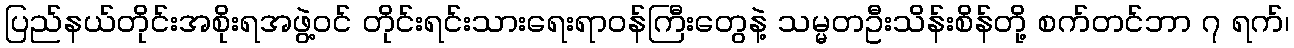
ပြည်နယ်တိုင်းအစိုးရအဖွဲ့ဝင် တိုင်းရင်းသားရေးရာဝန်ကြီးတွေနဲ့ သမ္မတဦးသိန်းစိန်တို့ စက်တင်ဘာ ၇ ရက်၊